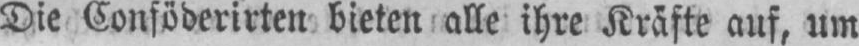
Die Conföderirten bieten alle ihre Kräfte auf, um